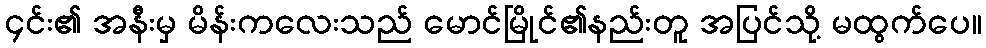
၄င်း၏ အနီးမှ မိန်းကလေးသည် မောင်မြိုင်၏နည်းတူ အပြင်သို့ မထွက်ပေ။